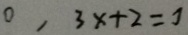
0 , 3 x + 2 = 7